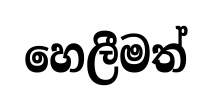
හෙලීමත්